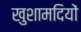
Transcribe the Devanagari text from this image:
खुशामदियों